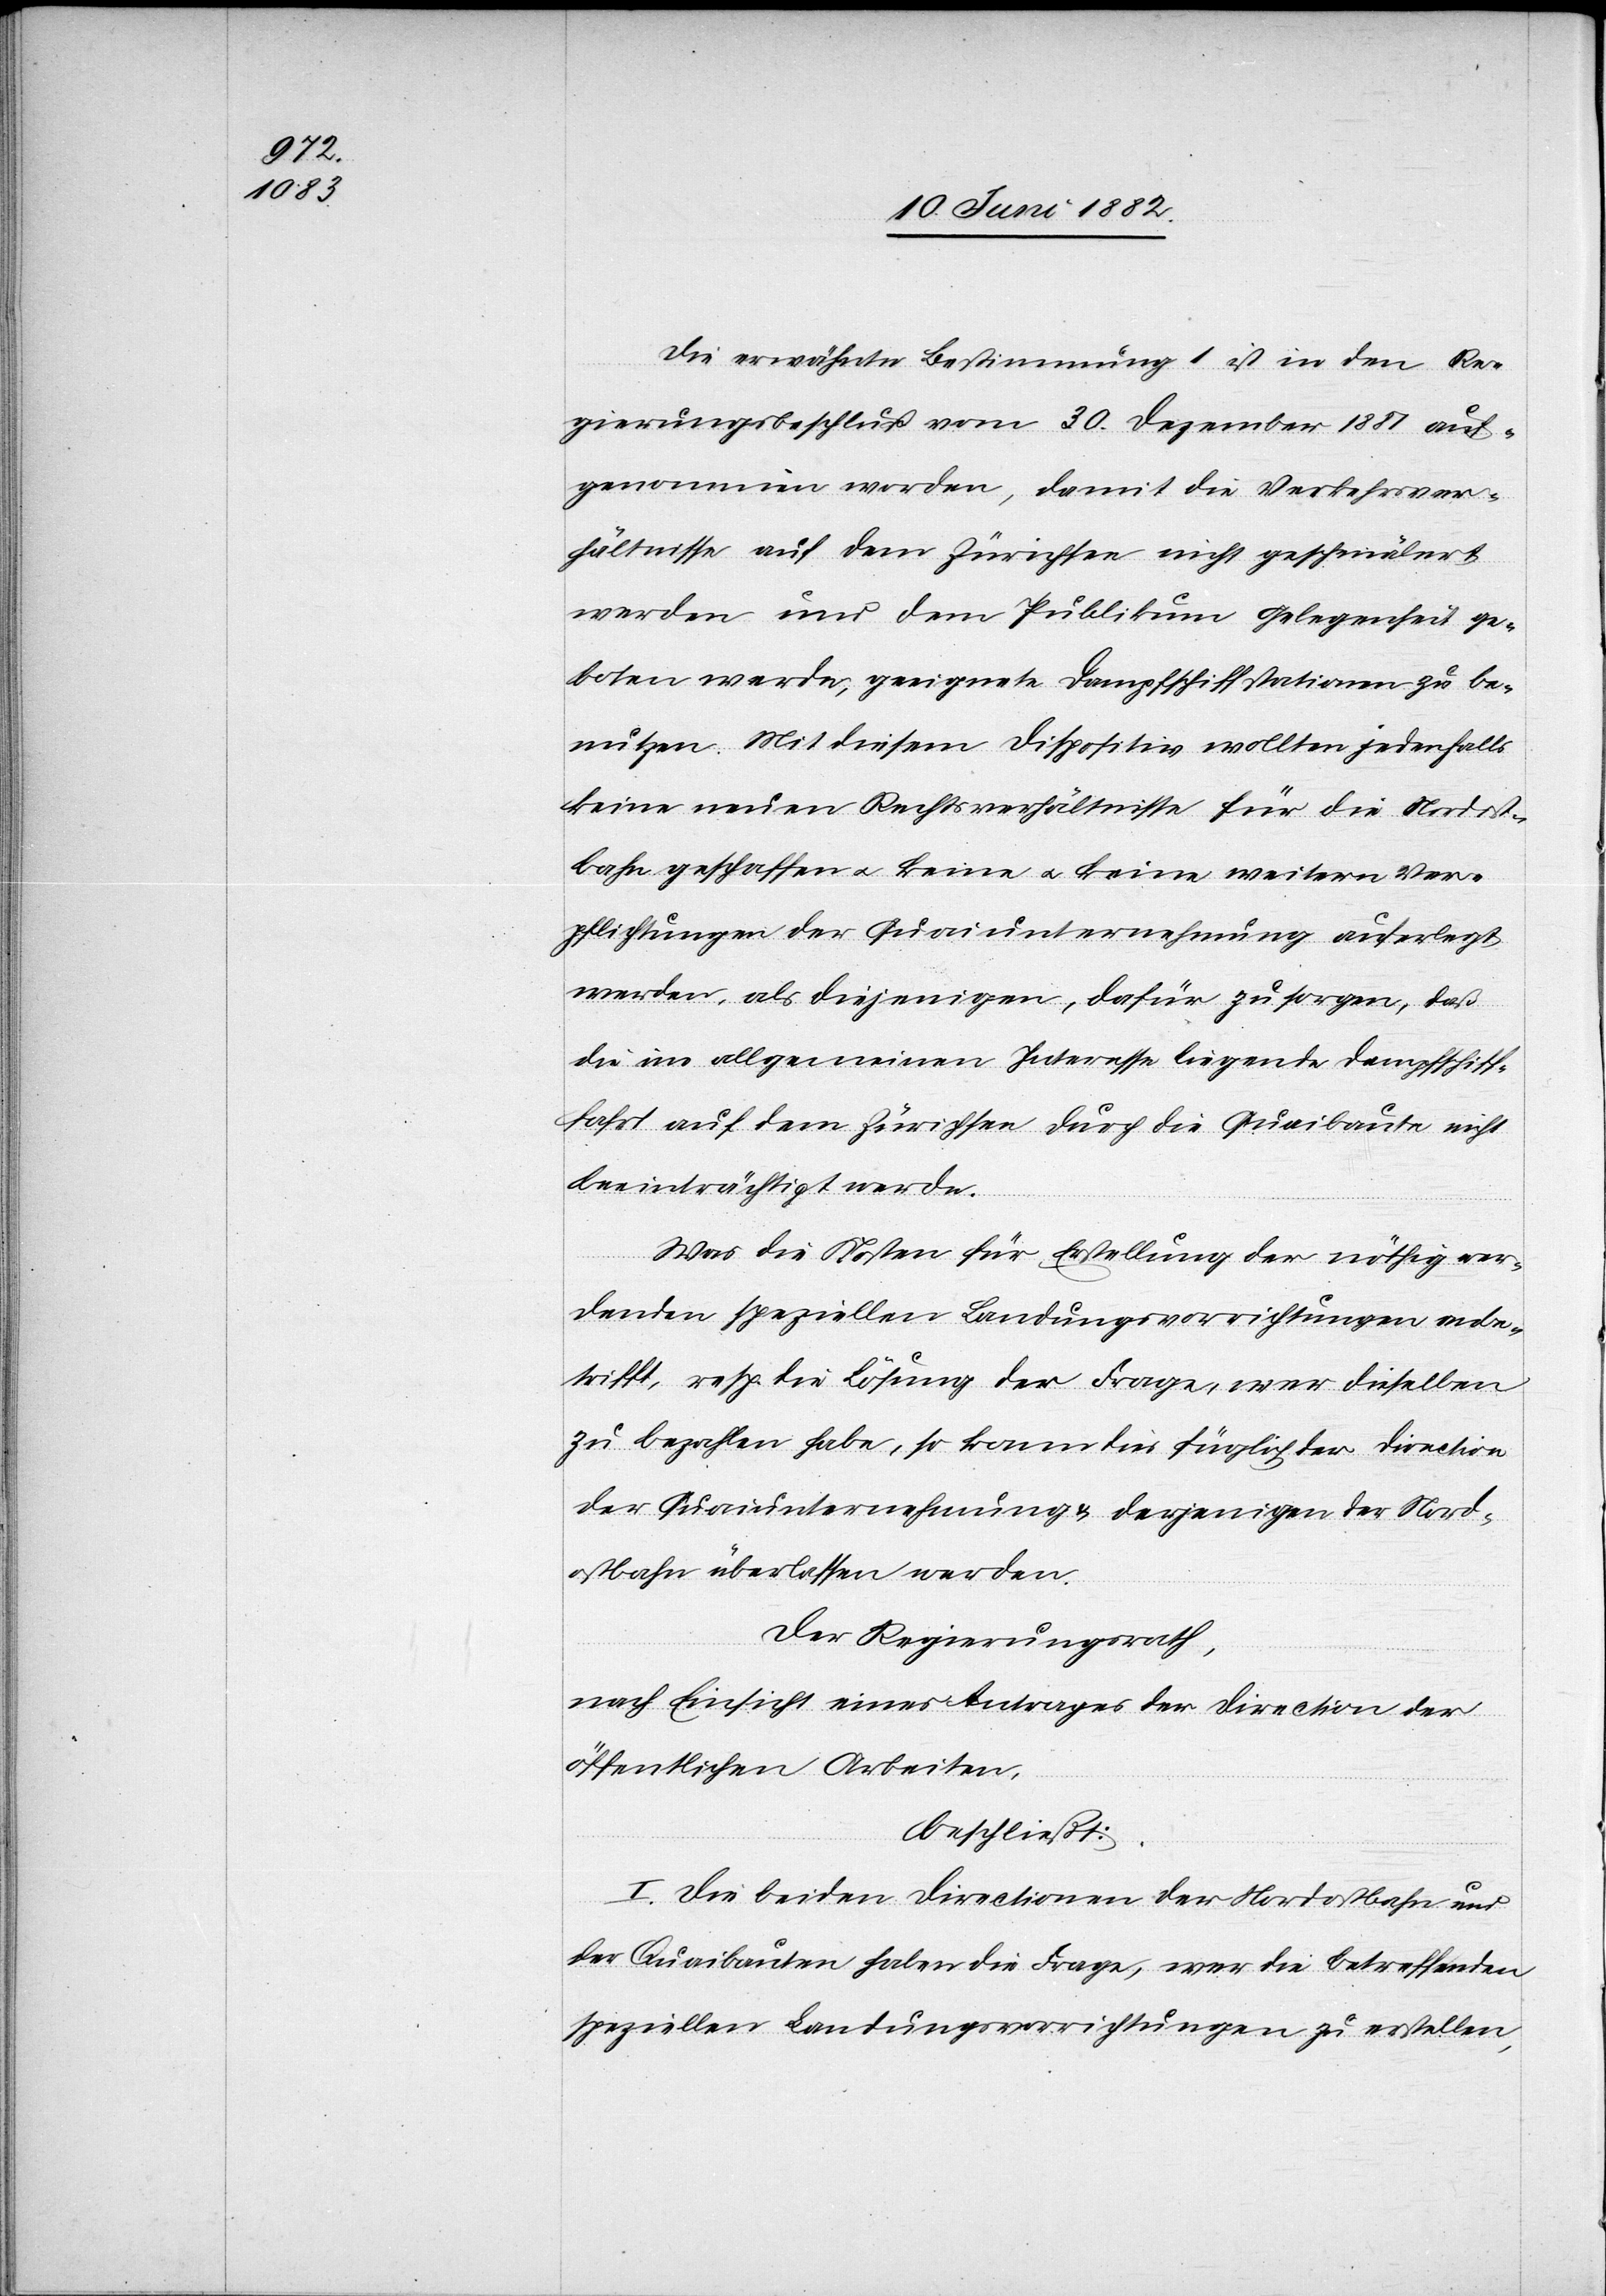
Die erwähnte Bestimmung 1 ist in den Re¬
gierungsbeschluß vom 30. Dezember 1881 auf¬
genommen worden, damit die Verkehrsver¬
hältnisse auf dem Zürichsee nicht geschmälert
werden und dem Publikum Gelegenheit ge¬
boten werde, geeignete Dampfschiffstationen zu be¬
nutzen. Mit diesem Dispositiv wollten jedenfalls
keine neuen Rechtsverhältnisse für die Nordost¬
bahn geschaffen u. keine u. keine [sic!] weitern Ver¬
pflichtungen der Quaiunternehmung auferlegt
werden, als diejenigen, dafür zu sorgen, daß
die im allgemeinen Interesse liegende Dampfschiff¬
fahrt auf dem Zürichsee durch die Quaibaute nicht
beeinträchtigt werde.
Was die Kosten für Erstellung der nöthig wer¬
denden speziellen Landungsvorrichtungen anbe¬
trifft, resp. die Lösung der Frage wer dieselben
zu bezahlen habe, so kann dies füglich der Direction
der Quaiunternehmung & derjenigen der Nord¬
ostbahn überlassen werden.
Der Regierungsrath,
nach Einsicht eines Antrages der Direction der
öffentlichen Arbeiten,
beschließt:
I. Die beiden Directionen der Nordostbahn und
der Quaibauten haben die Frage, wer die betreffenden
speziellen Landungsvorrichtungen zu erstellen,